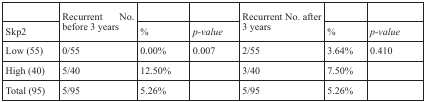
|  | <ROWSPAN=2> Recurrent No. before 3 years |  |  | <ROWSPAN=2> Recurrent No. after 3 years |  |  |
 | --- | --- | --- | --- | --- | --- | --- |
 | Skp2 | % | p-value | % | p-value |
 | Low (55) | 0/55 | 0.00% | 0.007 | 2/55 | 3.64% | 0.410 |
 | High (40) | 5/40 | 12.50% |  | 3/40 | 7.50% |  |
 | Total (95) | 5/95 | 5.26% |  | 5/95 | 5.26% |  |